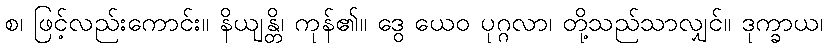
စ၊ ဖြင့်လည်းကောင်း။ နိယျန္တိ၊ ကုန်၏။ ဒွေ ယေဝ ပုဂ္ဂလာ၊ တို့သည်သာလျှင်။ ဒုက္ခာယ၊